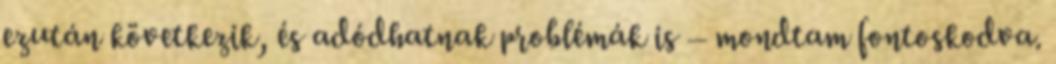
ezután következik, és adódhatnak problémák is – mondtam fontoskodva.